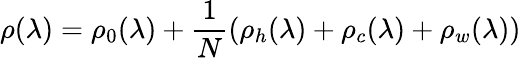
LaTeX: \rho(\lambda)=\rho_{0}(\lambda)+\frac{1}{N}(\rho_{h}(\lambda)+\rho_{c}(\lambda)+\rho_{w}(\lambda))